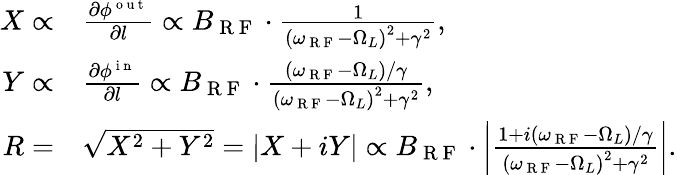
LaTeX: \begin{array}{rl}{X\propto}&{{}\frac{\partial\phi^{\mathrm{~o~u~t~}}}{\partial l}\propto B_{\mathrm{~R~F~}}\cdot\frac{1}{\left(\omega_{\mathrm{~R~F~}}-\Omega_{L}\right)^{2}+\gamma^{2}},}\\ {Y\propto}&{{}\frac{\partial\phi^{\mathrm{~i~n~}}}{\partial l}\propto B_{\mathrm{~R~F~}}\cdot\frac{\left(\omega_{\mathrm{~R~F~}}-\Omega_{L}\right)/\gamma}{\left(\omega_{\mathrm{~R~F~}}-\Omega_{L}\right)^{2}+\gamma^{2}},}\\ {R=}&{{}\sqrt{X^{2}+Y^{2}}=|X+iY|\propto B_{\mathrm{~R~F~}}\cdot\left|\frac{1+i\left(\omega_{\mathrm{~R~F~}}-\Omega_{L}\right)/\gamma}{\left(\omega_{\mathrm{~R~F~}}-\Omega_{L}\right)^{2}+\gamma^{2}}\right|.}\end{array}